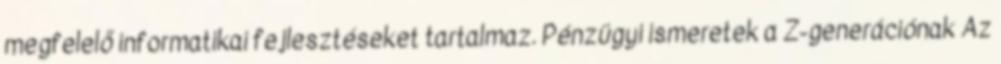
megfelelő informatikai fejlesztéseket tartalmaz. Pénzügyi ismeretek a Z-generációnak Az